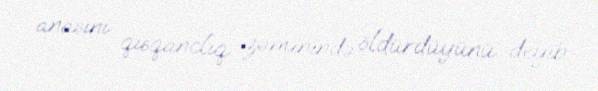
anasını qısqanclıq zəminində öldürdüyünü deyib.